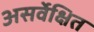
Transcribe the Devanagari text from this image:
असर्वेक्षित